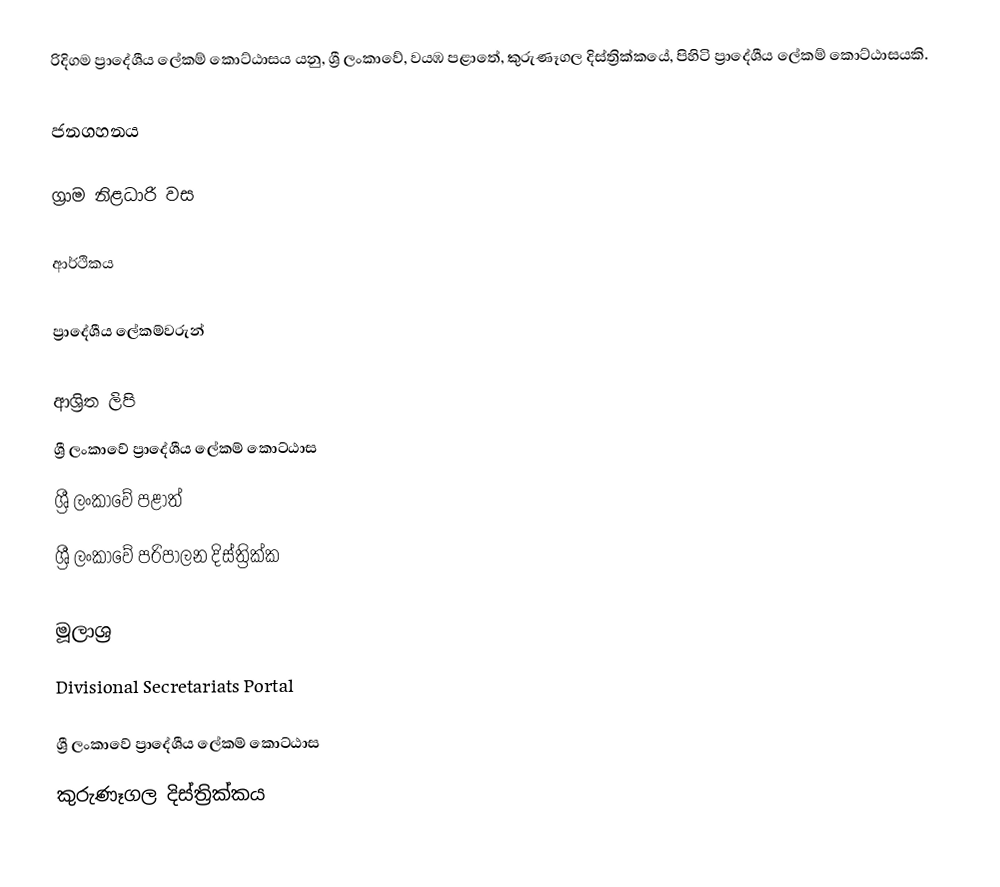
රිදිගම ප්‍රාදේශීය ලේකම් කොට්ඨාසය යනු,  ශ්‍රී ලංකාවේ, වයඹ පළාතේ,   කුරුණෑගල දිස්ත්‍රික්කයේ, පිහිටි ප්‍රාදේශීය ලේකම් කොට්ඨාසයකි.

ජනගහනය

ග්‍රාම නිළධාරි වස

ආර්ථිකය

ප්‍රාදේශීය ලේකම්වරුන්

ආශ්‍රිත ලිපි
ශ්‍රී ලංකාවේ ප්‍රාදේශීය ලේකම් කොට්ඨාස
ශ්‍රී ලංකාවේ පළාත්
ශ්‍රී ලංකාවේ පරිපාලන දිස්ත්‍රික්ක

මූලාශ්‍ර
 Divisional Secretariats Portal

ශ්‍රී ලංකාවේ ප්‍රාදේශීය ලේකම් කොට්ඨාස
කුරුණෑගල දිස්ත්‍රික්කය